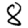
Digit: 8